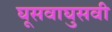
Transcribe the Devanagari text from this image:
घूसवाघुसवी